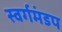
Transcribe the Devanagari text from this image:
स्वर्गमंडप